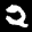
Label: 2